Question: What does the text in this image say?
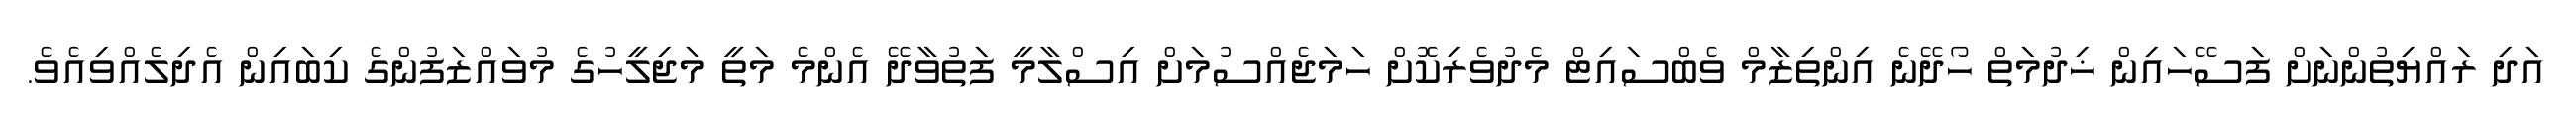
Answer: އަދި ރައްޔިތުންނަށް ފަސޭހައިން ޚިދުމަތް ހޯދޭނެ އިންތިޒާމް ވެބްސައިޓް މެދުވެރިކޮށް ހަމަޖެއްސުމަށް އިސްލާމީ ފަތުވާދޭ އެންމެ މަތީ މަޖިލީހުގެ މުވައްޒަފުންގެ ކިބައިން އެދިލެއްވިއެވެ.